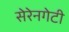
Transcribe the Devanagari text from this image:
सेरेनगेटी